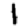
Digit: 1